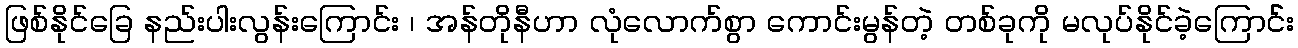
ဖြစ်နိုင်ခြေ နည်းပါးလွန်းကြောင်း ၊ အန်တိုနီဟာ လုံလောက်စွာ ကောင်းမွန်တဲ့ တစ်ခုကို မလုပ်နိုင်ခဲ့ကြောင််း